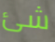
شئ